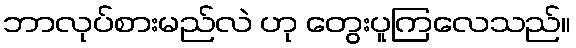
ဘာလုပ်စားမည်လဲ ဟု တွေးပူကြလေသည်။